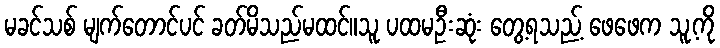
မခင်သစ် မျက်တောင်ပင် ခတ်မိသည်မထင်။သူ ပထမဦးဆုံး တွေ့ရသည့် ဖေဖေက သူ့ကို